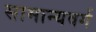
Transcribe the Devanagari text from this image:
सामान्यवर्ग